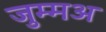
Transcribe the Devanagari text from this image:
जुम्मअ